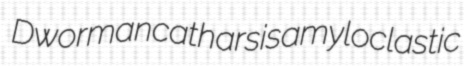
Dworman catharsis amyloclastic